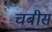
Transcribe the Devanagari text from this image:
चबीस